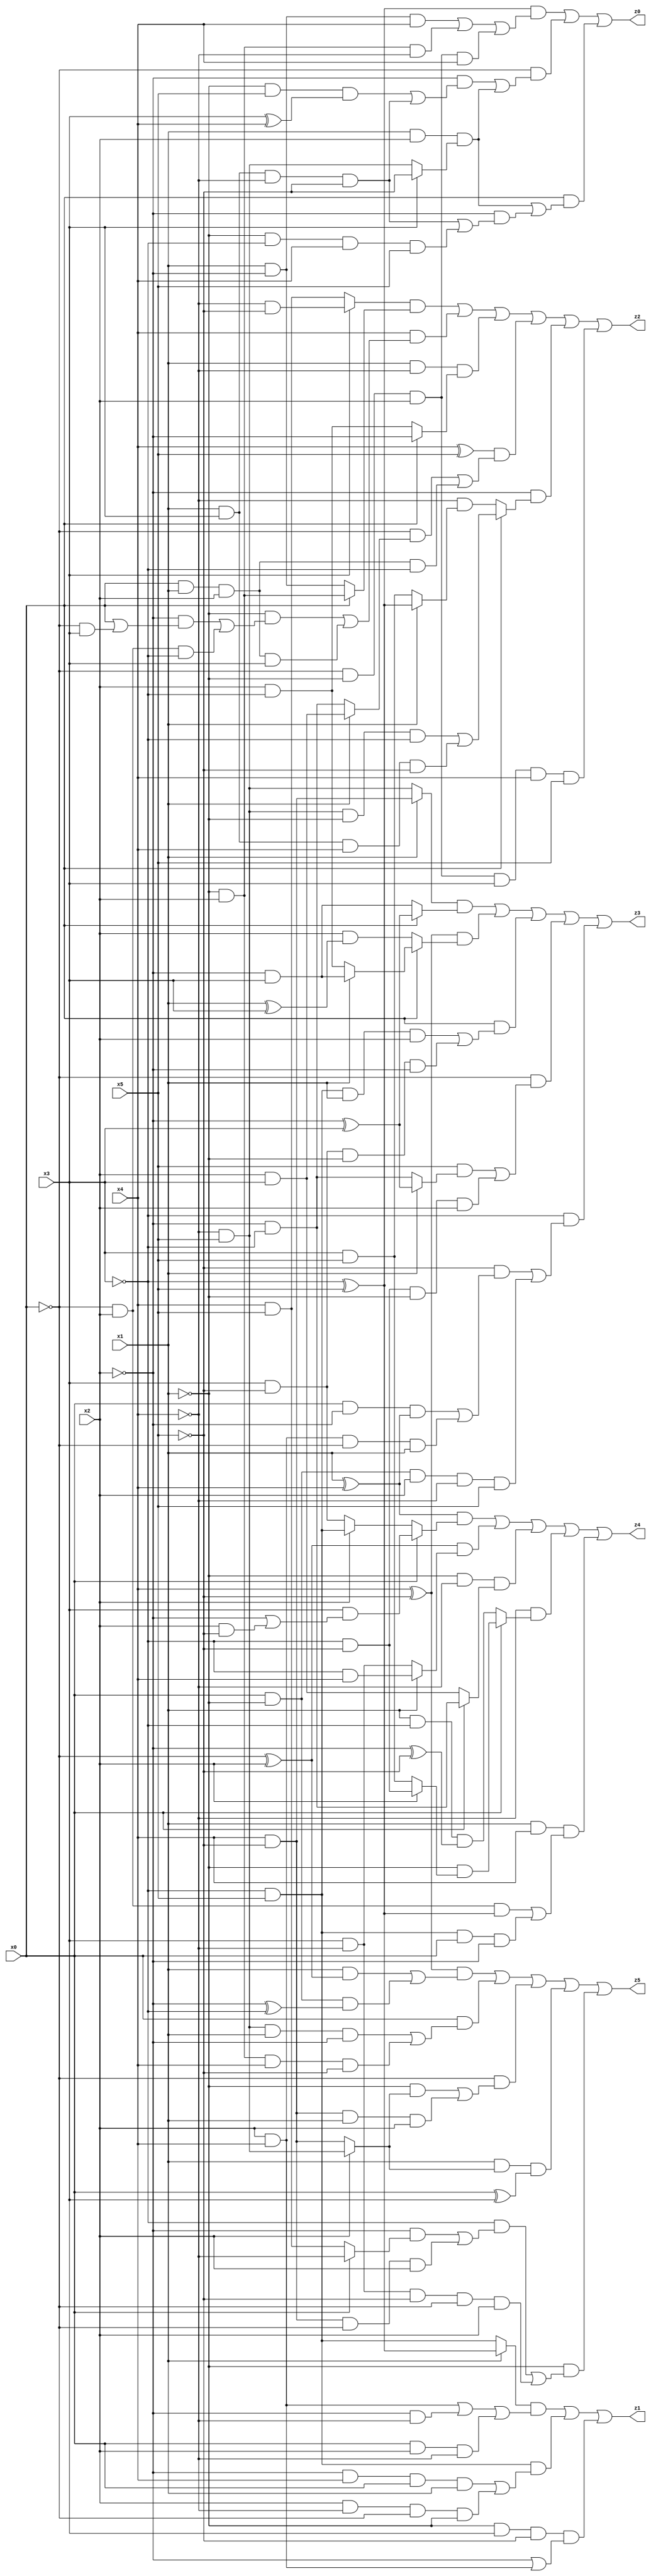
// Benchmark "X_34" written by ABC on Thu Jun 29 03:17:35 2023

module X_34 ( 
    x0, x1, x2, x3, x4, x5,
    z0, z1, z2, z3, z4, z5  );
  input  x0, x1, x2, x3, x4, x5;
  output z0, z1, z2, z3, z4, z5;
  assign z0 = ((~x3 ^ x5) & ((x1 & ~x2 & x4) | (~x1 & x2 & ~x4) | (~x0 & ~x1 & x2 & x4))) | (~x0 & ((~x2 & ((~x1 & x5 & (x3 ^ x4)) | (x1 & x3 & ~x4 & ~x5))) | (x1 & x2 & (x3 ? ~x5 : (~x4 & x5))))) | (x0 & ((x1 & x2 & (x3 ? ~x5 : (~x4 & x5))) | (~x2 & ((x1 & x3 & ~x4 & ~x5) | (~x1 & ~x3 & x4 & x5)))));
  assign z1 = ((x1 ? (~x3 ^ x5) : (~x3 & x5)) & ((x2 & x4) | (~x2 & ~x4) | (x0 & x2 & ~x4))) | (~x3 & x5 & ((~x2 & x4 & x0 & x1) | (x2 & ~x4 & ~x0 & ~x1))) | (~x1 & x3 & ~x5 & (~x2 | (x2 & x4)));
  assign z2 = ((x3 ? (~x4 & ~x5) : (x4 & x5)) & (x0 ? (~x1 & x2) : (x1 & ~x2))) | (x4 & ((~x1 & ((~x2 & (x0 | (~x0 & x3))) | (~x0 & x2 & ~x3))) | (x0 & x1 & x2 & x3))) | (x1 & ~x4 & (x0 ? ~x2 : (x2 & ~x3))) | ((x4 ^ x5) & ((~x0 & (x1 ? (x2 & x3) : (~x2 & ~x3))) | (x0 & x1 & x2 & ~x3))) | (~x2 & (x0 ? ((~x4 & x5 & ~x1 & ~x3) | (x1 & x3 & x4 & ~x5)) : (~x4 & (x1 ? (~x3 ^ x5) : (x3 & x5))))) | (~x0 & ~x1 & x2 & x3 & x4 & x5);
  assign z3 = ((x1 ? (x4 & ~x5) : (~x4 & x5)) & (x0 ? (~x2 ^ x3) : (~x2 & x3))) | ((x4 ^ ~x5) & (x0 ? (x1 ? (~x2 & x3) : (x2 & ~x3)) : (x2 & (x1 ^ x3)))) | (x0 & ((~x3 & x5 & x1 & x2) | (x3 & ~x5 & ~x1 & ~x2))) | (~x0 & ((x5 & (x1 ? (~x2 ^ x3) : (~x2 & ~x3))) | (~x3 & ~x5 & ~x1 & x2))) | (~x3 & ((~x5 & ((x0 & ~x2 & (x1 ^ x4)) | (x2 & x4 & ~x0 & x1))) | (x0 & ~x1 & x2 & ~x4 & x5)));
  assign z4 = ((x1 ^ x4) & (x0 ? (x3 & (~x2 | (x2 & ~x5))) : (x2 ? (~x3 & x5) : (x3 & ~x5)))) | ((~x0 ^ x2) & (x1 ? (~x3 & x4) : (x3 & ~x4))) | (~x1 & ~x4 & (x0 ? (~x2 & ~x3) : (x2 & x3))) | (~x4 & (x0 ? (~x1 & (x2 ? (~x3 & ~x5) : (x3 & x5))) : (x1 & ~x3 & (~x2 ^ ~x5)))) | (x1 & x4 & ((~x0 & x2 & (~x3 ^ x5)) | (~x3 & x5 & x0 & ~x2)));
  assign z5 = ((x4 ^ ~x5) & ((x1 & (~x0 ^ x2)) | (x0 & ~x1 & (~x2 ^ ~x3)))) | (x0 & ((~x4 & x5 & x1 & ~x2) | (~x1 & x2 & x4 & ~x5))) | (~x0 & ((~x1 & (x2 ? (~x4 & x5) : (x4 & ~x5))) | (x4 & ~x5 & x1 & x2))) | (x1 & (x2 ? (~x4 & x5) : (x4 & ~x5)) & (x0 ^ x3)) | (~x1 & ((~x3 & ((~x2 & (x0 ? ~x4 : (x4 & x5))) | (x4 & ~x5 & ~x0 & x2))) | (x3 & ~x4 & ~x5 & ~x0 & x2)));
endmodule